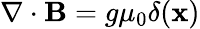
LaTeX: \nabla\cdot{\mathbf B}=g{\mu}_{0}\delta({\mathbf x})